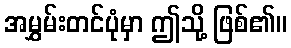
အမွှမ်းတင်ပုံမှာ ဤသို့ ဖြစ်၏။